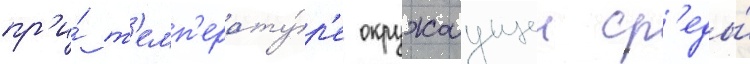
пр'и́ т'емп'ерату́р'е окружаущеи ср'еды́